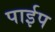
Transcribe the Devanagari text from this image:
पार्इप